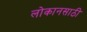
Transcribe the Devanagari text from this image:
लोकानसाठी